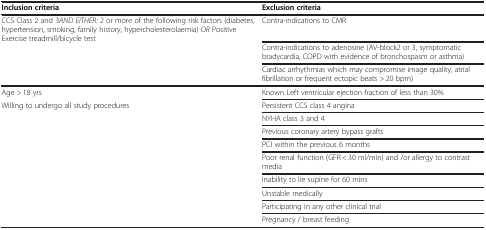
| Inclusion criteria | Exclusion criteria |
 | --- | --- |
 | CCS Class 2 and 3AND EITHER: 2 or more of the following risk factors (diabetes, hypertension, smoking, family history, hypercholesterolaemia) OR Positive Exercise treadmill/bicycle test | Contra-indications to CMR |
 |  | Contra-indications to adenosine (AV-block2 or 3, symptomatic bradycardia, COPD with evidence of bronchospasm or asthma) |
 |  | Cardiac arrhythmias which may compromise image quality, atrial fibrillation or frequent ectopic beats > 20 bpm) |
 | Age > 18 yrs | Known Left ventricular ejection fraction of less than 30% |
 | Willing to undergo all study procedures | Persistent CCS class 4 angina |
 |  | NYHA class 3 and 4 |
 |  | Previous coronary artery bypass grafts |
 |  | PCI within the previous 6 months |
 |  | Poor renal function (GFR < 30 ml/min) and /or allergy to contrast media |
 |  | Inability to lie supine for 60 mins |
 |  | Unstable medically |
 |  | Participating in any other clinical trial |
 |  | Pregnancy / breast feeding |